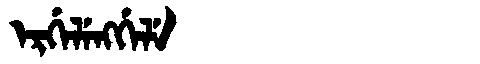
Manchu: ᡝᡵᡤᡝᠯᡝᠩᡤᡝᠯᡝ
Romanization: ERGELENGGELE